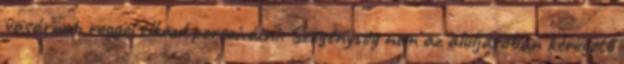
vasárnap reggel elkezd porszívózni. Szegénység nem az aluljáróban kéregető